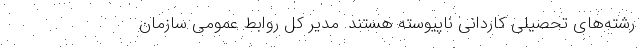
رشته‌های تحصیلی کاردانی ناپیوسته هستند. مدیر کل روابط عمومی سازمان